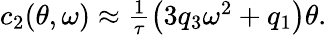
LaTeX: \begin{array}{r}{c_{2}(\theta,\omega)\approx\frac{1}{\tau}\left(3q_{3}\omega^{2}+q_{1}\right)\theta.}\end{array}